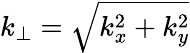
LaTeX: k_{\perp}=\sqrt{k_{x}^{2}+k_{y}^{2}}